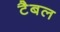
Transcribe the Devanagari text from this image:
टैबल